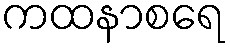
ကထနာစရေ